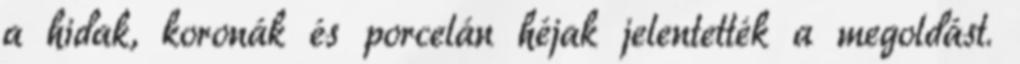
a hidak, koronák és porcelán héjak jelentették a megoldást.